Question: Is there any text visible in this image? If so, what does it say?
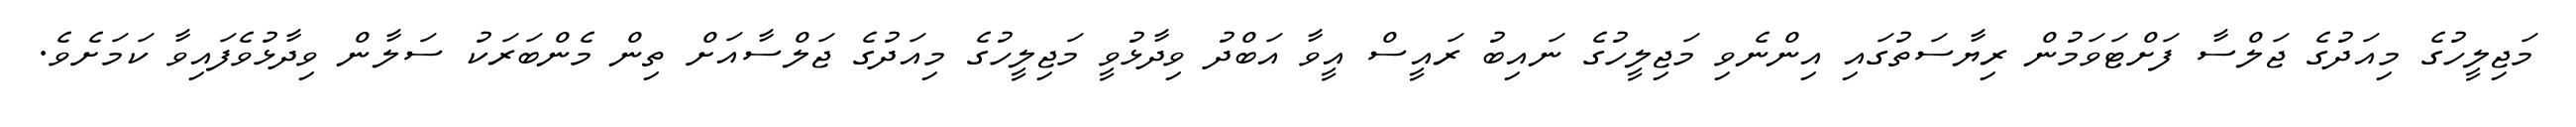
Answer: މަޖިލީހުގެ މިއަދުގެ ޖަލްސާ ފަށްޓަވަމުން ރިޔާސަތުގައި އިންނެވި މަޖިލީހުގެ ނައިބު ރައީސް އީވާ އަބްދު ވިދާޅުވީ މަޖިލީހުގެ މިއަދުގެ ޖަލްސާއަށް ތިން މެންބަރަކު ސަލާން ވިދާޅުވެފައިވާ ކަމަށެވެ.